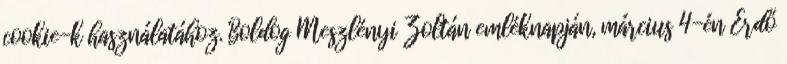
cookie-k használatához. Boldog Meszlényi Zoltán emléknapján, március 4-én Erdő